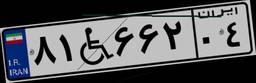
۸۱W۶۶۲۰۴